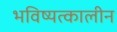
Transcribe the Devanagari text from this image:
भविष्यत्कालीन